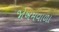
જોખમવાળા